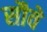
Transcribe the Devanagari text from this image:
सौवे